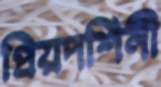
প্রিয়দর্শিনী